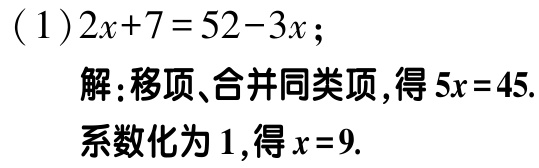
(1)\(2x + 7 = 52 - 3x\);

解:移项、合并同类项,得\(5x = 45\).

系数化为\(1\),得\(x = 9\).